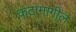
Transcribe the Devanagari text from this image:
कटामागील